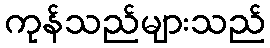
ကုန်သည်များသည်